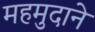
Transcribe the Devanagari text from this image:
महमुदाने